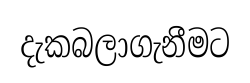
දැකබලාගැනීමට